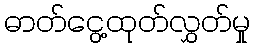
ဓာတ်ငွေ့ထုတ်လွှတ်မှု